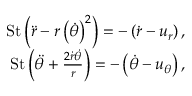
\begin{array} { r } { \mathrm { S t } \left( \ddot { r } - r \left( \dot { \theta } \right) ^ { 2 } \right) = - \left( \dot { r } - u _ { r } \right) , } \\ { \mathrm { S t } \left( \ddot { \theta } + \frac { 2 \dot { r } \dot { \theta } } { r } \right) = - \left( \dot { \theta } - u _ { \theta } \right) , } \end{array}